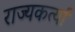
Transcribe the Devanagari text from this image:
राज्यकर्त्यां